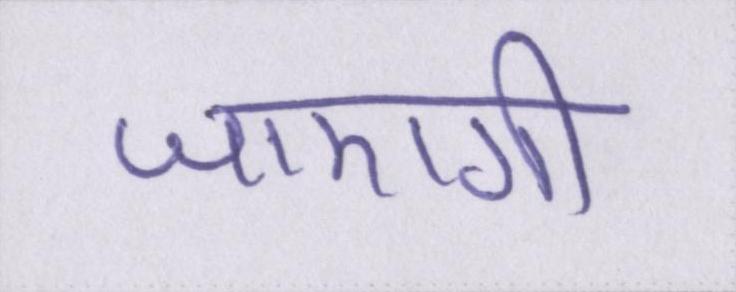
जाएगी